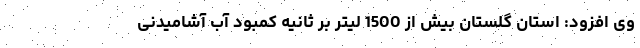
وی افزود: استان گلستان بیش از 1500 لیتر بر ثانیه کمبود آب آشامیدنی